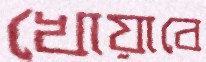
খোয়াবে